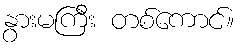
နွားမကြီး တစ်ကောင်။